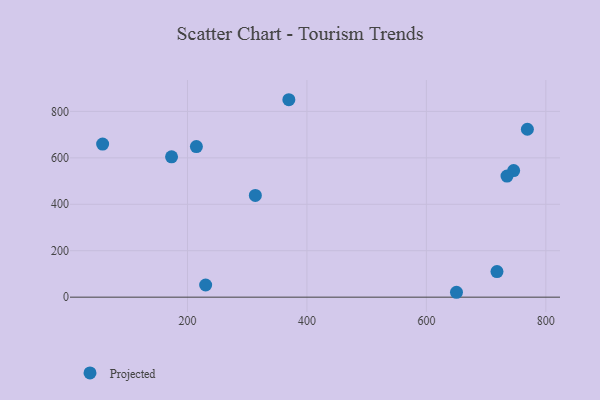
{"axis": {"x": "Price", "y": "Demand"}, "legend": ["Projected"], "data": [{"x": "769.1", "y": 723.2, "type": "Projected"}, {"x": "313.6", "y": 438.1, "type": "Projected"}, {"x": "57.9", "y": 659.1, "type": "Projected"}, {"x": "718.2", "y": 110.2, "type": "Projected"}, {"x": "230.4", "y": 52.4, "type": "Projected"}, {"x": "173.3", "y": 604.5, "type": "Projected"}, {"x": "214.9", "y": 648.5, "type": "Projected"}, {"x": "369.7", "y": 850.3, "type": "Projected"}, {"x": "650.4", "y": 21.1, "type": "Projected"}, {"x": "746.1", "y": 545.1, "type": "Projected"}, {"x": "735.0", "y": 521.4, "type": "Projected"}]}